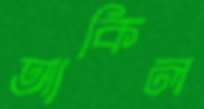
আকিল